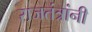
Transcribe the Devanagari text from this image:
राजतंत्रांनी